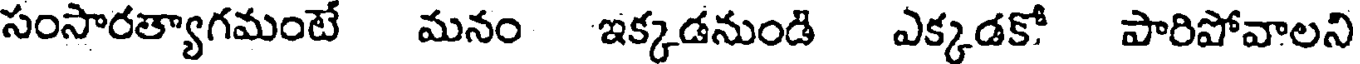
సంసారత్యాగమంటే మనం ఇక్కడనుండి ఎక్కడకో పారిషోవాలని